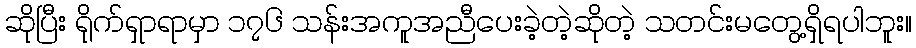
ဆိုပြီး ရိုက်ရှာရာမှာ ၁၇၆ သန်းအကူအညီပေးခဲ့တဲ့ဆိုတဲ့ သတင်းမတွေ့ရှိရပါဘူး။